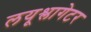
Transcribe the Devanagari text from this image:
लयूश्लागेटर